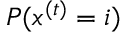
P ( x ^ { ( t ) } = i )